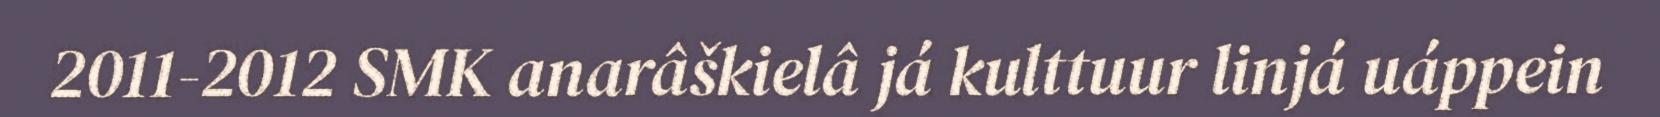
2011-2012 SMK anarâškielâ já kulttuur linjá uáppein